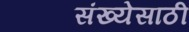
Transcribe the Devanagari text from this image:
संख्‍येसाठी